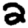
Digit: 2